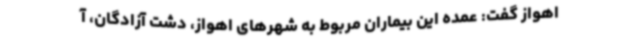
اهواز گفت: عمده این بیماران مربوط به شهرهای اهواز، دشت آزادگان، آ